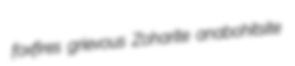
foxfires grievous Zoharite anabohitsite